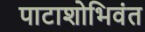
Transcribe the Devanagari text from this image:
पाटाशोभिवंत